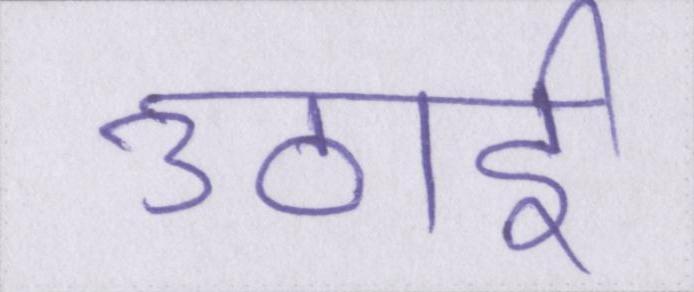
उठाई